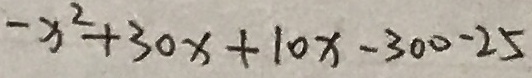
- x ^ { 2 } + 3 0 x + 1 0 x - 3 0 0 - 2 5